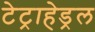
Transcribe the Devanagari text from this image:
टेट्राहेड्रल